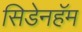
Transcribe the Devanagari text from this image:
सिडेनहॅम